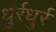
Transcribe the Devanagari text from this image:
धुर्रधुर्र